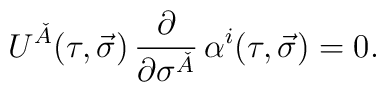
U^{\check{A}}(\tau,\vec{\sigma})\, \frac{\partial} {\partial\sigma^{\check{A}}}\, \alpha^i(\tau,\vec{\sigma}) = 0.